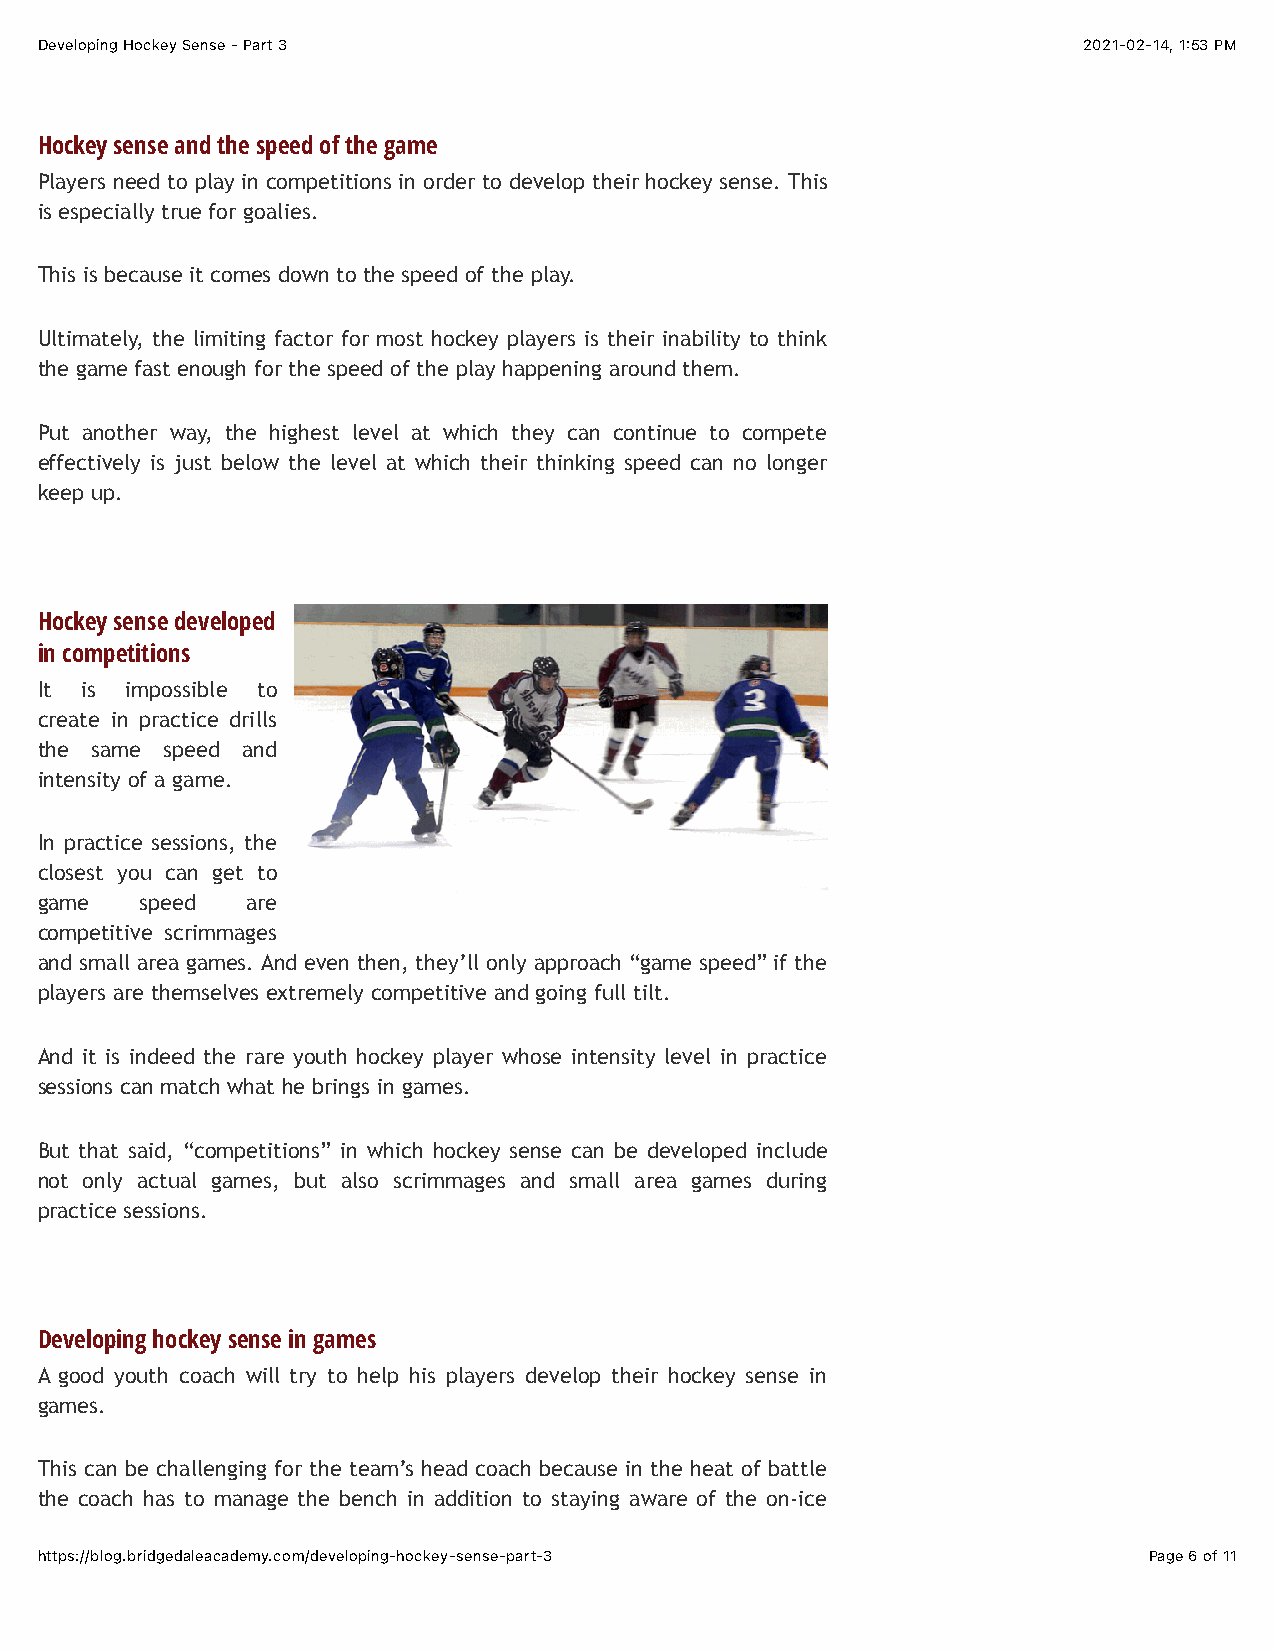
Developing Hockey Sense - Part 3                                      2021-02-14, 1:53 PM
 Hockey sense and the speed of the game
 Players need to play in competitions in order to develop their hockey sense. This
 is especially true for goalies.
 This is because it comes down to the speed of the play.
 Ultimately, the limiting factor for most hockey players is their inability to think
 the game fast enough for the speed of the play happening around them.
 Put another way, the highest level at which they can continue to compete
 effectively is just below the level at which their thinking speed can no longer
 keep up.
 Hockey sense developed
 in competitions
 It is impossible to
 create in practice drills
 the same speed and
 intensity of a game.
 In practice sessions, the
 closest you can get to
 game   speed  are
 competitive scrimmages
 and small area games. And even then, they’ll only approach “game speed” if the
 players are themselves extremely competitive and going full tilt.
 And it is indeed the rare youth hockey player whose intensity level in practice
 sessions can match what he brings in games.
 But that said, “competitions” in which hockey sense can be developed include
 not only actual games, but also scrimmages and small area games during
 practice sessions.
 Developing hockey sense in games
 A good youth coach will try to help his players develop their hockey sense in
 games.
 This can be challenging for the team’s head coach because in the heat of battle
 the coach has to manage the bench in addition to staying aware of the on-ice
 https://blog.bridgedaleacademy.com/developing-hockey-sense-part-3         Page 6 of 11